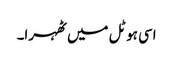
اسی ہوٹل میں ٹھہرا۔